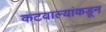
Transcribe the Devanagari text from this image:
कटवाल्यांकडून